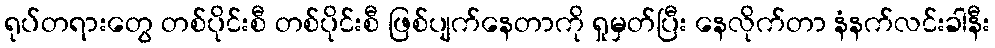
ရုပ်တရားတွေ တစ်ပိုင်းစီ တစ်ပိုင်းစီ ဖြစ်ပျက်နေတာကို ရှုမှတ်ပြီး နေလိုက်တာ နံနက်လင်းခါနီး